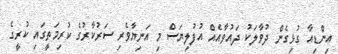
އިންޑިއާ ގުޅިގެން ދުވާލަކު ދައުވާއެއް އުފުލިޔަސް މި އަނިޔާވެރި ސަރުކާރުގެ ކުރިމަތީގައި ކުރީގެ